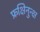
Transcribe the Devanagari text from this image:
फ्रक्षिनुन्क्ष